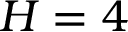
H = 4